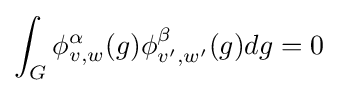
\int _{G}\phi _{v,w}^{\alpha }(g)\phi _{v',w'}^{\beta }(g)dg=0